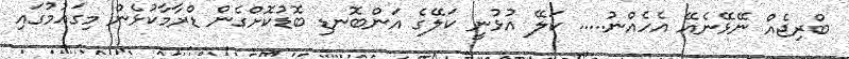
ބްރިޖެއް ނޭޅޭނެއޭ އެހެއްނު..... ކަލޭ އުޅުނީ ކަލޭގެ އަންބޮނޑި ބޮޑުކޮށްގެން ޑްރާމާކުޅެން މިގައުމުގައި